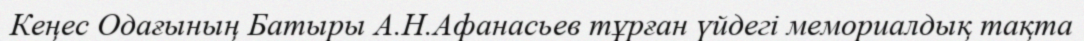
Кеңес Одағының Батыры А.Н.Афанасьев тұрған үйдегі мемориалдық тақта